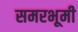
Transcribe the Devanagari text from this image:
समरभूमी